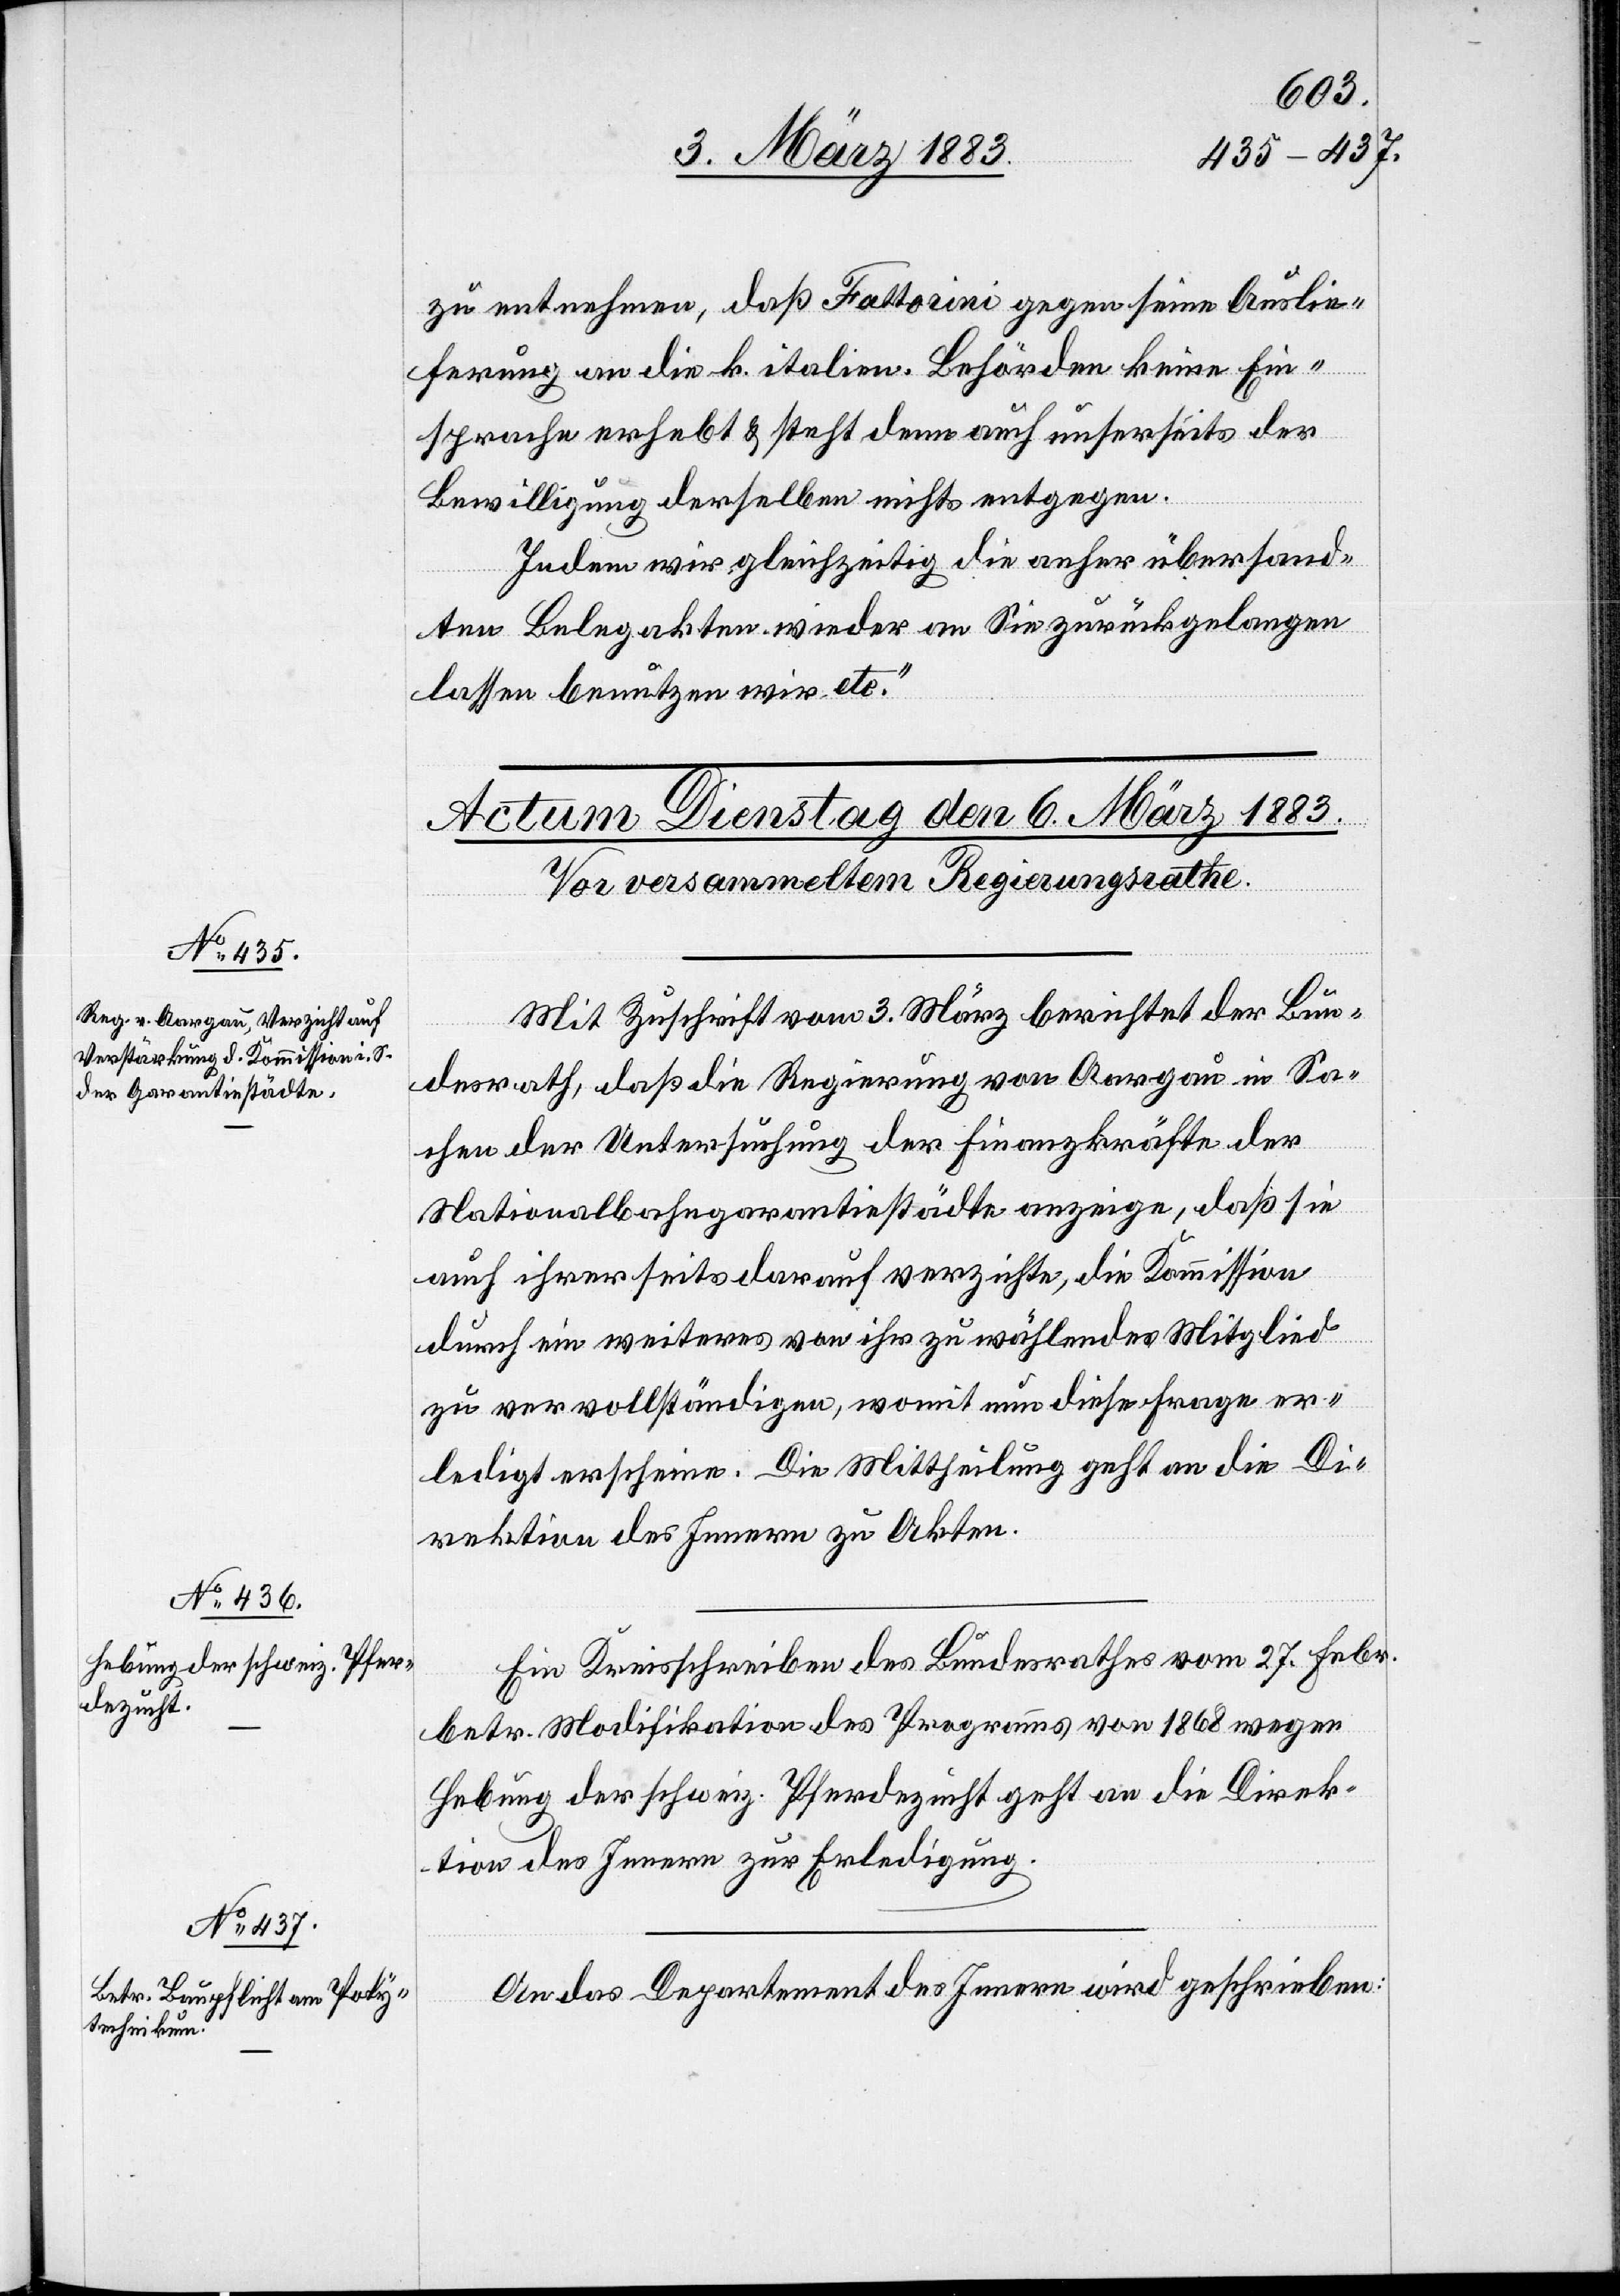
zu entnehmen, daß Fattorini gegen seine Auslie¬
ferung an die k. italien. Behörden keine Ein¬
sprache erhebt & steht denn auch unserseits der
Bewilligung derselben nichts entgegen.
Indem wir gleichzeitig die anher übersand¬
ten Belegakten wieder an Sie zurückgelangen
lassen benutzen wir etc.“
Mit Zuschrift vom 3. März berichtet der Bun¬
desrath, daß die Regierung von Aargau in Sa¬
chen der Untersuchung der Finanzkräfte der
Nationalbahngarantiestädte anzeige, daß sie
auch ihrerseits darauf verzichte, die Kommission
durch ein weiteres von ihr zu wählendes Mitglied
zu vervollständigen, womit nun diese Frage er¬
ledigt erscheine. Die Mittheilung geht an die Di¬
rektion des Innern zu Akten.
Ein Kreisschreiben des Bundesrathes vom 27. Febr.
betr. Modifikation des Programms von 1868 wegen
Hebung der schweiz. Pferdezucht geht an die Direk¬
tion des Innern zur Erledigung.
An das Departement des Innern wird geschrieben: